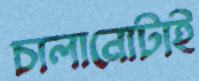
চালানোটাই